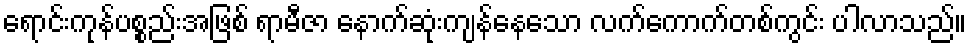
ရောင်းကုန်ပစ္စည်းအဖြစ် ရာမီဇာ နောက်ဆုံးကျန်နေသော လက်ကောက်တစ်ကွင်း ပါလာသည်။